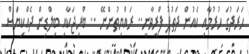
ޙަރަދުގަ ހުރުމާއި ކެއުން ދަތުފު ފްރީވާނީ.. ރައްޔިތުންނޭ .. ބްރިޖަކާއި ބިލްޑިން ދެއްކިޔަސް